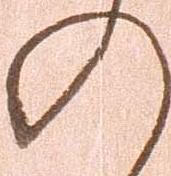
の